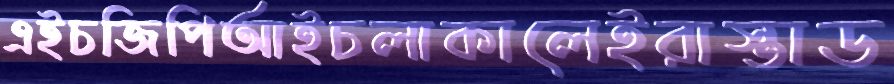
এইচজিপিআইচলাকালেইরাস্তাড